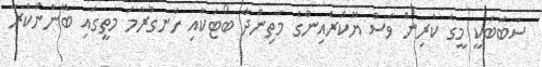
ސަބަބަކީ މީގެ ކުރިން ވެސް ޔޫކްރެއިންގެ މަތިންދާ ބޯޓަކާއި ހަނގުރާމަ މަތީގައި ބޭނުންކުރާ